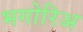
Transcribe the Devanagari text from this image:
भगोरिअ